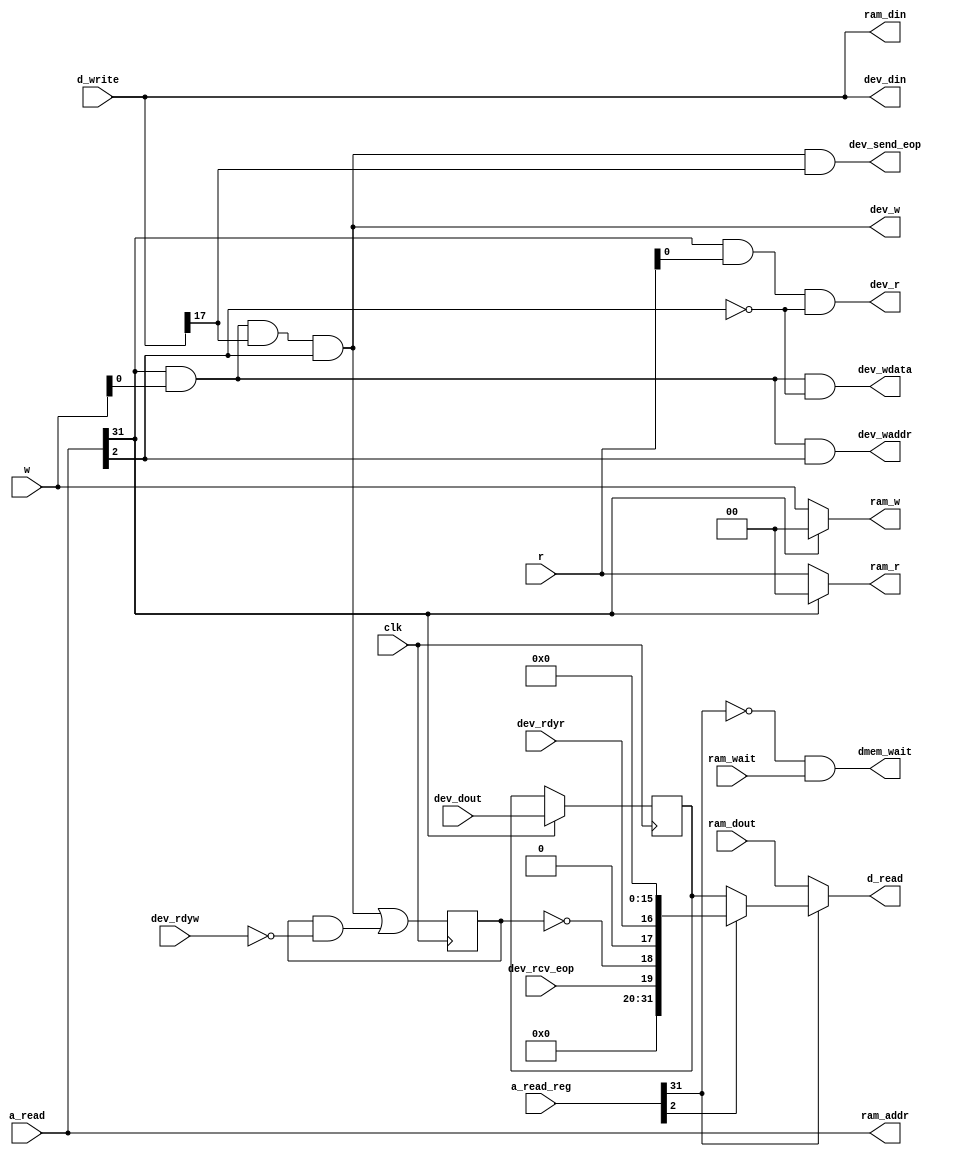
////////////////////////////////////////////////
// MEMDEV.V
//
// TU/e Eindhoven University Of Technology
// Eindhoven, The Netherlands
// 
// Based on work by Sander Stuijk
// 
// Function:
//  Replacement for 
//  data memory to allow memory-mapped device
//
// Version:
//     (27-01-2014): initial version
//
//////////////////////////////////////////////!/

module MEMDEV(
        clk,
        a_read,
        a_read_reg,
        d_read,
        d_write,
        w,
        r,
        dmem_wait,
        ram_dout,
        ram_wait,
        ram_w,
        ram_r,
        ram_addr,
        ram_din,
        dev_dout,
        dev_rdyr,
        dev_rdyw,
        dev_w,
        dev_r,
        dev_din,
        dev_wdata,
        dev_waddr,
        dev_rcv_eop,
        dev_send_eop
    );

    input   clk;
    input   [31:0]  a_read;
    input   [31:0]  a_read_reg;
    output  [31:0]  d_read;
    reg     [31:0]  d_read;
    input   [31:0]  d_write;
    input   [1:0]   w;
    input   [1:0]   r;
    output          dmem_wait;
    reg             dmem_wait;
    input   [31:0]  ram_dout;
    input           ram_wait;
    output  [1:0]   ram_w;
    reg     [1:0]   ram_w;
    output  [1:0]   ram_r;
    reg     [1:0]   ram_r;
    output  [31:0]  ram_addr;
    reg     [31:0]  ram_addr;
    output  [31:0]  ram_din;
    reg     [31:0]  ram_din;
    input   [31:0]  dev_dout;
    input           dev_rdyr;
    input           dev_rdyw;
    output          dev_w;
    reg             dev_w;
    output          dev_r;
    reg             dev_r;
    output  [31:0]  dev_din;
    reg     [31:0]  dev_din;
    output          dev_wdata;
    reg             dev_wdata;
    output          dev_waddr;
    reg             dev_waddr;
    input           dev_rcv_eop;
    output          dev_send_eop;
    reg             dev_send_eop;
    reg     [31:0]  dev_buffer;
    reg             bufw;
    reg             sending;
    reg             n_sending;
    reg             dev_select;
    reg             reg_dev_select;
    reg             addr;
    reg             addr_reg;
    reg             send;
    reg             eop;
    reg             wr;
    reg             rd;
    reg             ss;
    reg             rr;
    reg     [31:0]  status;


    
    always @(posedge clk)
        begin : buffer
            if (bufw)
                dev_buffer <= dev_dout;
            sending <= n_sending;
        end

    
    always @(a_read or 
                a_read_reg or 
                d_write or 
                w or 
                r or 
                sending or 
                ram_dout or 
                ram_wait or 
                dev_rdyw or 
                dev_rdyr or 
                dev_buffer or 
                dev_rcv_eop
            )
        begin : memdev_process
            // device is selected by setting the 31st bit of the address (address 0x80000000)
            dev_select = (a_read[31] == 1);
            reg_dev_select = (a_read_reg[31] == 1);
            
            // the control word is at address 0x80000004 - hence testing bit 2
            addr = (a_read[2] == 1);
            addr_reg = (a_read_reg[2] == 1);
            
            // send action is triggered by writing bit #17 to control word (0x80000004)
            send = (d_write[17] == 1);
            
            // packet is closed by asserting bit #20 together with send (#17)
            eop = (d_write[17] == 1);
            
            // just forward data and address to memory
            ram_addr = a_read;
            ram_din = d_write;
            
            // ... but switch-off writing and reading in the device-access-mode
            if (!dev_select)
            begin
                ram_w = w;
                ram_r = r;
            end
            else
            begin
                ram_w = 2'b00;
                ram_r = 2'b00;
            end
            
            // if device is selected, register its output
            bufw = dev_select;
            
            
            dev_din = d_write;
            wr = (dev_select && (w[1'b0] != 0));
            rd = (dev_select && (r[1'b0] != 0));
            // we're sending (ss) if the device is selected, control word is written and the 
            // value of bit #17 is one
            // we're reading (rr) if the read request for address 0x80000000 is present
            ss = wr && send && addr;
            rr = rd && !addr;
            
            dev_w = ss;
            dev_r = rr;
            dev_send_eop = ss && eop;
            
            dev_wdata = wr && !addr;
            dev_waddr = wr && addr;
            
            // 'ss' triggers 'sending' state, which lasts until device-write-ready appears
            n_sending = ss || sending && !dev_rdyw;
            
            // when reading control word (0x80000004) you get only three bits set:
            // #16 - device has new data, #18 - device is ready to send, 
            // #19 - with #16 (new data) means it's the last data word of a packet
            status = 32'b0;
            status[16] = dev_rdyr;
            status[18] = !sending;
            status[19] = dev_rcv_eop;
            
            // select output - device data (buffered), device status, or regular memory
            if (reg_dev_select)
            begin
                if (addr_reg)
                    d_read = status;
                else
                    d_read = dev_buffer;
            end
            else
                d_read = ram_dout;
            
            // we can only wait for regular memory - the device access is non-blocking 
            // (if you're not careful, i.e. reading when status[16] is zero or writing
            // when status[18] is zero,  you may overwrite data or read garbage)
            dmem_wait = !reg_dev_select && ram_wait;
        end

endmodule